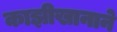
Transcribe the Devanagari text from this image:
काझीखानाने